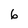
Character: 6